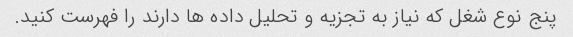
پنج نوع شغل که نیاز به تجزیه و تحلیل داده ها دارند را فهرست کنید.